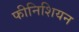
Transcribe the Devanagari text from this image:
फीनिशियन